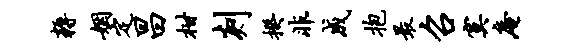
耨姻定昌柑剡揆非成抱最召寞庵